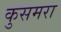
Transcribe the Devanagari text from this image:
कुसमरा